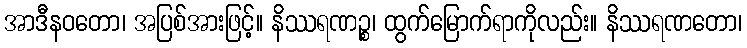
အာဒီနဝတော၊ အပြစ်အားဖြင့်။ နိဿရဏဉ္စ၊ ထွက်မြောက်ရာကိုလည်း။ နိဿရဏတော၊